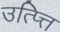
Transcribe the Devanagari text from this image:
उत्प्त्ति